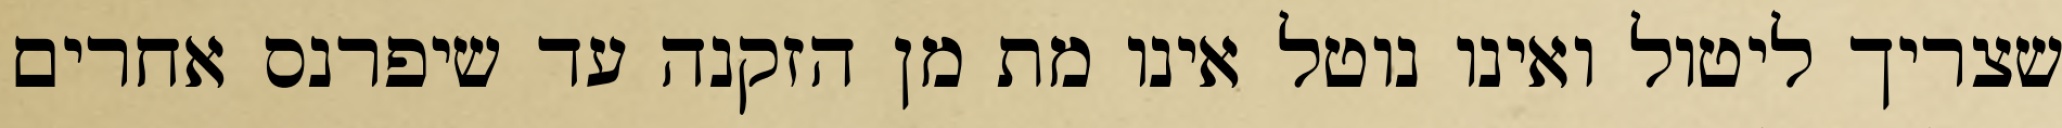
שצריך ליטול ואינו נוטל אינו מת מן הזקנה עד שיפרנס אחרים